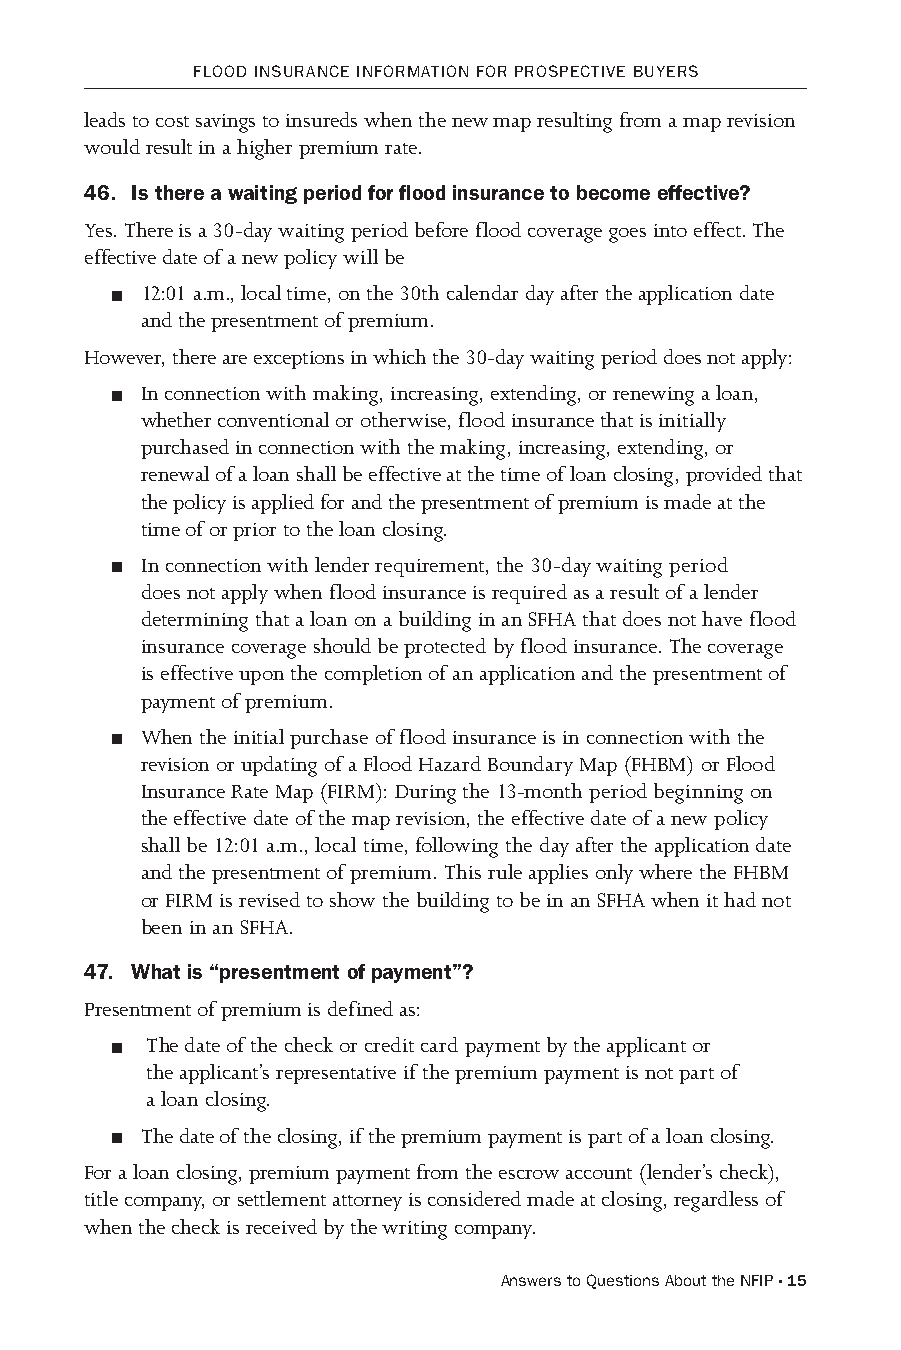
FLooD INsuRANCE INFoRMATIoN FoR PRosPECTIvE BuYERs
 leads to cost savings to insureds when the new map resulting from a map revision
 would result in a higher premium rate.
 46. Is there a waiting period for flood insurance to become effective?
 Yes. There is a 30-day waiting period before flood coverage goes into effect. The
 effective date of a new policy will be
 12:01 a.m., local time, on the 30th calendar day after the application date
 and the presentment of premium.
 However, there are exceptions in which the 30-day waiting period does not apply:
 In connection with making, increasing, extending, or renewing a loan,
 whether conventional or otherwise, flood insurance that is initially
 purchased in connection with the making, increasing, extending, or
 renewal of a loan shall be effective at the time of loan closing, provided that
 the policy is applied for and the presentment of premium is made at the
 time of or prior to the loan closing.
 In connection with lender requirement, the 30-day waiting period
 does not apply when flood insurance is required as a result of a lender
 determining that a loan on a building in an SFHA that does not have flood
 insurance coverage should be protected by flood insurance. The coverage
 is effective upon the completion of an application and the presentment of
 payment of premium.
 When the initial purchase of flood insurance is in connection with the
 revision or updating of a Flood Hazard Boundary Map (FHBM) or Flood
 Insurance Rate Map (FIRM): During the 13-month period beginning on
 the effective date of the map revision, the effective date of a new policy
 shall be 12:01 a.m., local time, following the day after the application date
 and the presentment of premium. This rule applies only where the FHBM
 or FIRM is revised to show the building to be in an SFHA when it had not
 been in an SFHA.
 47. What is “presentment of payment”?
 Presentment of premium is defined as:
 The date of the check or credit card payment by the applicant or
 the applicant’s representative if the premium payment is not part of
 a loan closing.
 The date of the closing, if the premium payment is part of a loan closing.
 For a loan closing, premium payment from the escrow account (lender’s check),
 title company, or settlement attorney is considered made at closing, regardless of
 when the check is received by the writing company.
 Answers to Questions About the NFIP · 15